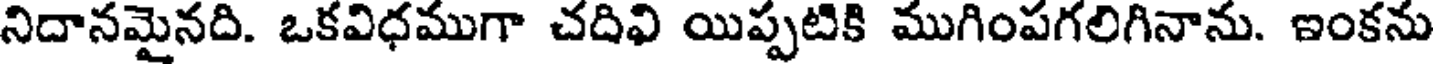
నిదానమైనది. ఒకవిధముగా చదివి యిప్పటికి ముగింపగలిగినాను. ఇంకను